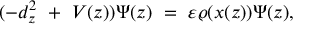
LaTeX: ( - d _ { z } ^ { 2 } \ + \ V ( z ) ) \Psi ( z ) \ = \ \varepsilon \varrho ( x ( z ) ) \Psi ( z ) ,